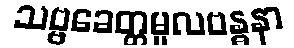
သဗ္ဗခေတ္တမူလဗန္ဓနာ